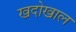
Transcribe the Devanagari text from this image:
खदोखाल